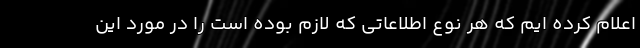
اعلام کرده ایم که هر نوع اطلاعاتی که لازم بوده است را در مورد این